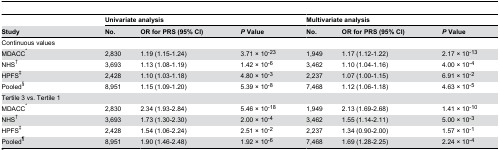
<table><thead><tr><td></td><td colspan="3"><b>Univariate analysis</b></td><td colspan="3"><b>Multivariate analysis</b></td></tr><tr><td><b>Study</b></td><td><b>No.</b></td><td><b>OR for PRS (95% CI)</b></td><td><b><i>P</i> Value</b></td><td><b>No.</b></td><td><b>OR for PRS (95% CI)</b></td><td><b><i>P</i> Value</b></td></tr></thead><tbody><tr><td>Continuous values</td><td></td><td></td><td></td><td></td><td></td><td></td></tr><tr><td>MDACC<sup>*</sup></td><td>2,830</td><td>1.19 (1.15-1.24)</td><td>3.71 × 10<sup>-23</sup></td><td>1,949</td><td>1.17 (1.12-1.22)</td><td>2.17 × 10<sup>-13</sup></td></tr><tr><td>NHS<sup>†</sup></td><td>3,693</td><td>1.13 (1.08-1.19)</td><td>1.42 × 10<sup>-6</sup></td><td>3,462</td><td>1.10 (1.04-1.16)</td><td>4.00 × 10<sup>-4</sup></td></tr><tr><td>HPFS<sup>‡</sup></td><td>2,428</td><td>1.10 (1.03-1.18)</td><td>4.80 × 10<sup>-3</sup></td><td>2,237</td><td>1.07 (1.00-1.15)</td><td>6.91 × 10<sup>-2</sup></td></tr><tr><td>Pooled<sup>§</sup></td><td>8,951</td><td>1.15 (1.09-1.20)</td><td>5.39 × 10<sup>-8</sup></td><td>7,468</td><td>1.12 (1.06-1.18)</td><td>4.63 × 10<sup>-5</sup></td></tr><tr><td>Tertile 3 vs. Tertile 1</td><td></td><td></td><td></td><td></td><td></td><td></td></tr><tr><td>MDACC<sup>*</sup></td><td>2,830</td><td>2.34 (1.93-2.84)</td><td>5.46 × 10<sup>-18</sup></td><td>1,949</td><td>2.13 (1.69-2.68)</td><td>1.41 × 10<sup>-10</sup></td></tr><tr><td>NHS<sup>†</sup></td><td>3,693</td><td>1.73 (1.30-2.30)</td><td>2.00 × 10<sup>-4</sup></td><td>3,462</td><td>1.55 (1.14-2.11)</td><td>5.00 × 10<sup>-3</sup></td></tr><tr><td>HPFS<sup>‡</sup></td><td>2,428</td><td>1.54 (1.06-2.24)</td><td>2.51 × 10<sup>-2</sup></td><td>2,237</td><td>1.34 (0.90-2.00)</td><td>1.57 × 10<sup>-1</sup></td></tr><tr><td>Pooled<sup>¶</sup></td><td>8,951</td><td>1.90 (1.46-2.48)</td><td>1.92 × 10<sup>-6</sup></td><td>7,468</td><td>1.69 (1.28-2.25)</td><td>2.24 × 10<sup>-4</sup></td></tr></tbody></table>